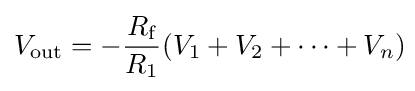
V_{\text{out}}=-{\frac {R_{\text{f}}}{R_{1}}}(V_{1}+V_{2}+\cdots +V_{n})\!